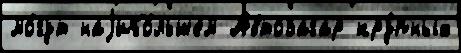
мо́гут наjибо́льшем Автозагар кру́пных